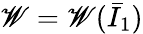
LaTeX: \mathscr{W}=\mathscr{W}({\bar{{I}}}_{1})